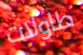
طاولات